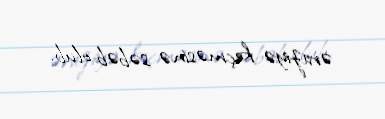
əraziyə keçməsinə səbəb olub.